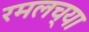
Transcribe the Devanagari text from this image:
रमलच्या